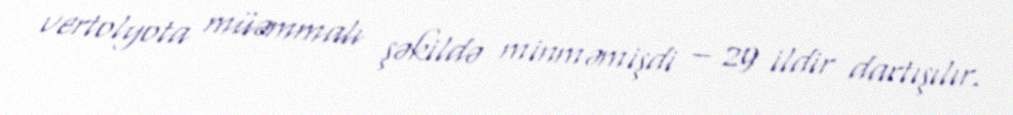
vertolyota müəmmalı şəkildə minməmişdi – 29 ildir dartışılır.